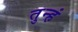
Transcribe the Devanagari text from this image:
तुन्हं